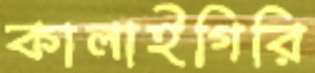
কালাইগিরি